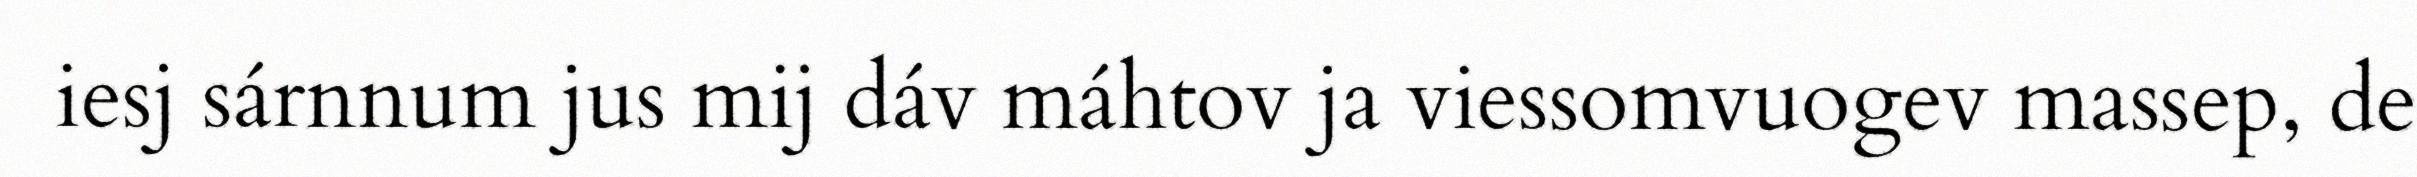
iesj sárnnum jus mij dáv máhtov ja viessomvuogev massep, de